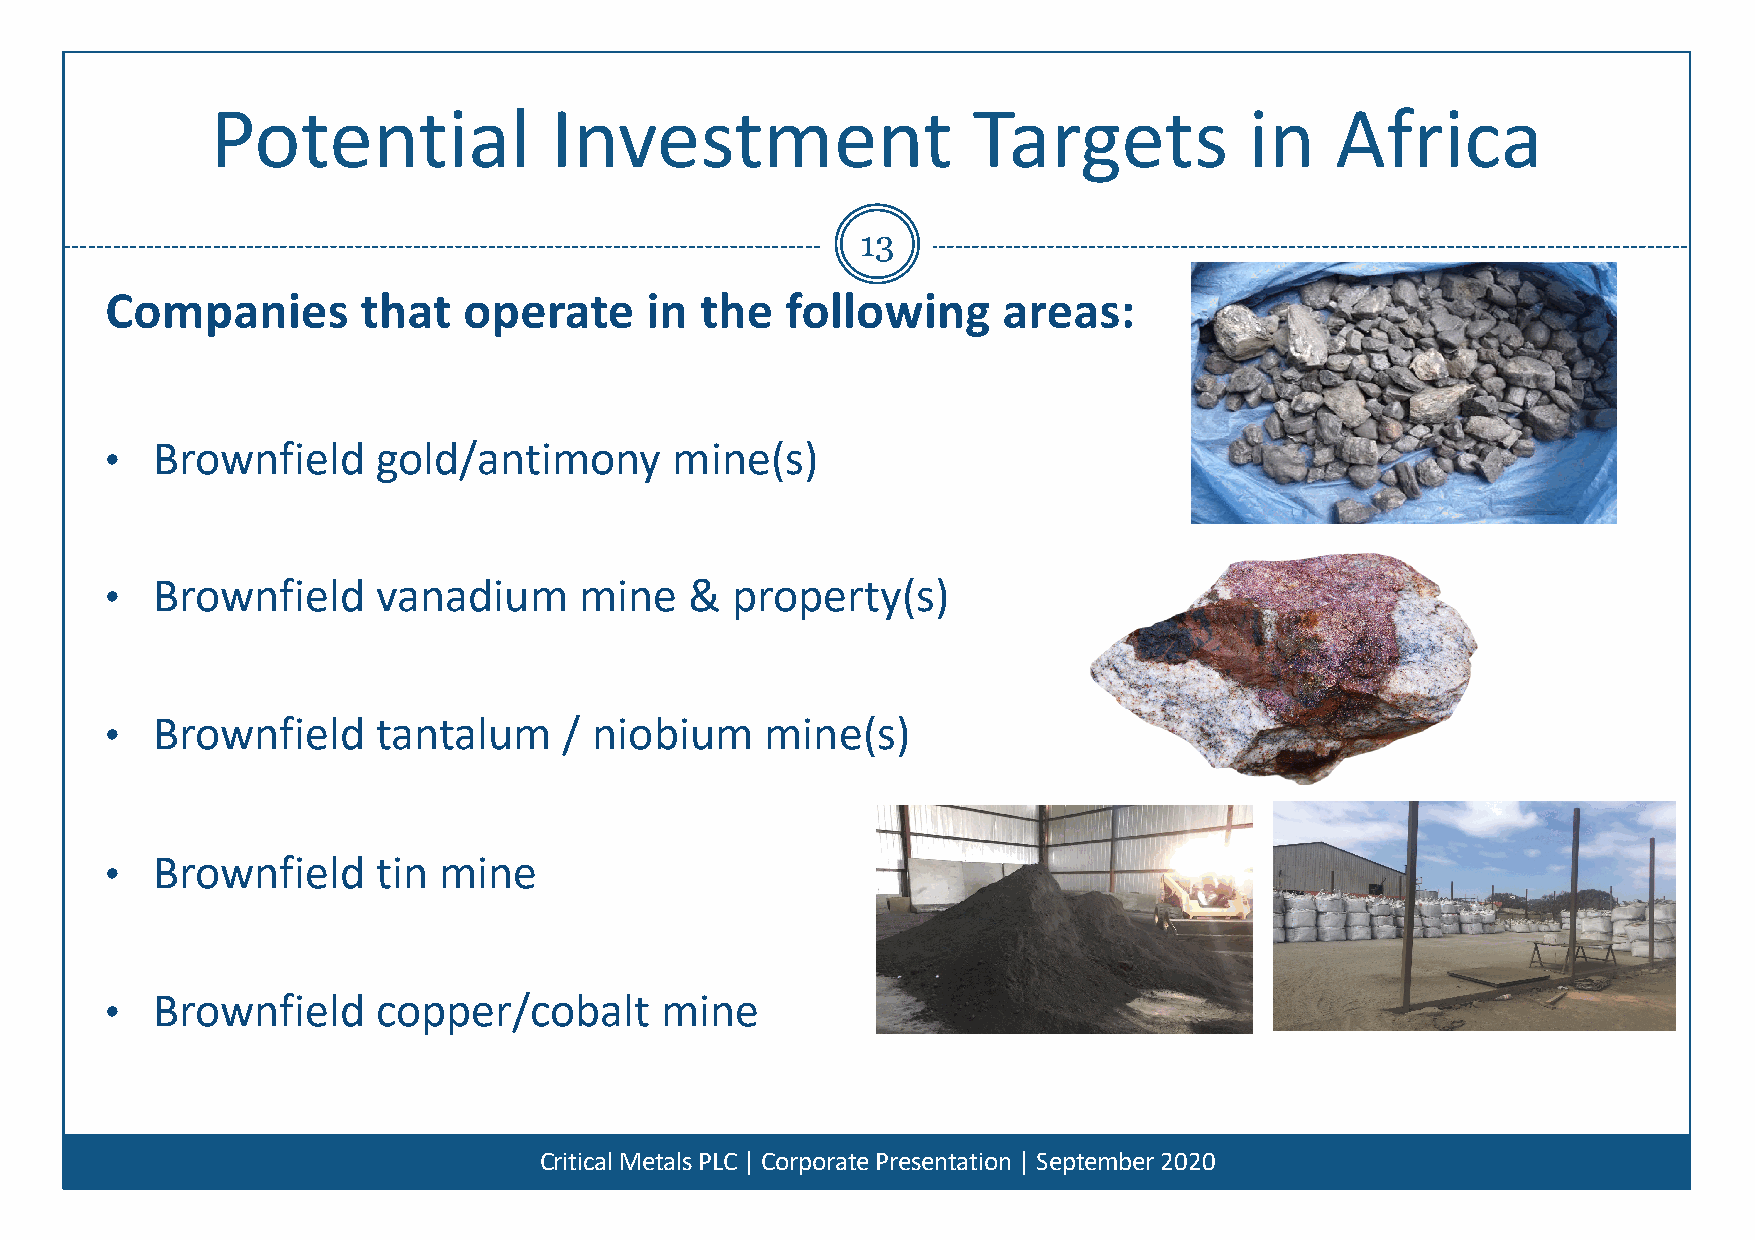
Potential             Investment                  Targets            in   Africa
 13
 Companies        that   operate     in the   following     areas:
 •  Brownfield     gold/antimony      mine(s)
 •  Brownfield     vanadium     mine    & property(s)
 •  Brownfield     tantalum    / niobium     mine(s)
 •  Brownfield     tin mine
 •  Brownfield     copper/cobalt      mine
 Critical Metals PLC | Corporate Presentation | September 2020